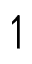
\upharpoonleft